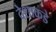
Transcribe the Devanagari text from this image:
देशाकडे